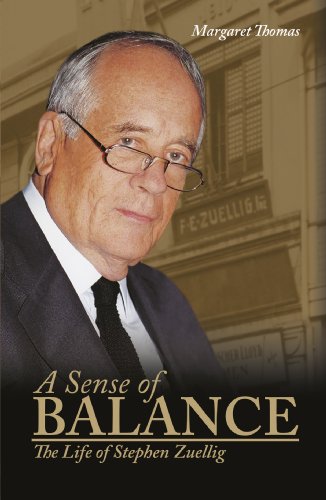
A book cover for A Sense of Balance: The Life of Stephen Zuellig; Margaret Thomas; Business & Money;